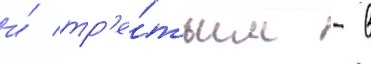
и́ тр'е́тьим - в